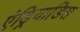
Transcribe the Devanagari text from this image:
एंड्रियाडिस